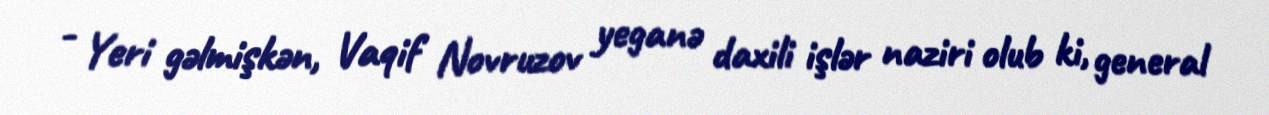
- Yeri gəlmişkən, Vaqif Novruzov yeganə daxili işlər naziri olub ki, general